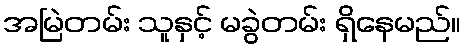
အမြဲတမ်း သူနှင့် မခွဲတမ်း ရှိနေမည်။